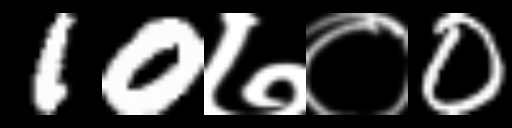
Text: 10७०0